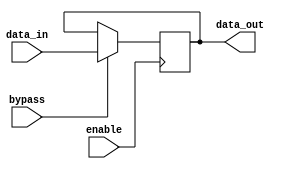
module FallbackBypass (
  input wire enable,
  input wire bypass,
  input wire [7:0] data_in,
  output reg [7:0] data_out
);

  always @(posedge enable) begin
    if (bypass) begin
      data_out <= data_in;
    end
  end

endmodule